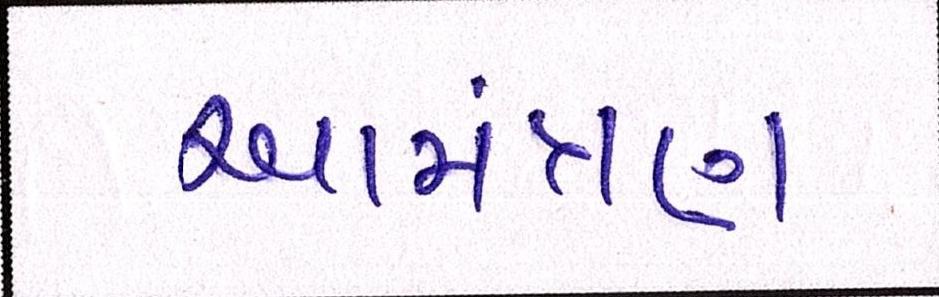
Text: આમંત્રણ